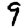
Digit: 9